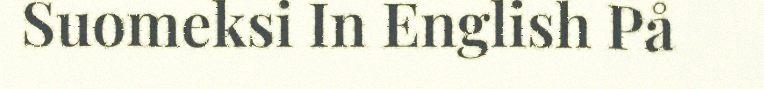
Suomeksi In English På